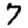
Digit: 7